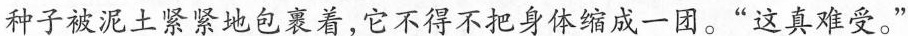
种子被泥土紧紧地包裹着，它不得不把身体缩成一团。”这真难受。